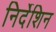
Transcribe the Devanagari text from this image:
निर्देशिन